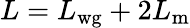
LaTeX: L=L_{\mathrm{wg}}+2L_{\mathrm{m}}